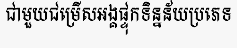
ជាមួយជម្រើសអង្គផ្ទុកទិន្នន័យប្រភេទ